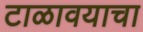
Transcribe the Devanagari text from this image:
टाळावयाचा